system: You are a helpful assistant.
user:
Analyze the provided spectrum to determine if it is a **"Cataclysmic Variables (CV)"**.

- **Key Indicators for CV (Check for either state):**
    - **State 1: Quiescent / Low-State (Emission-Dominated)**
        - **(Primary):** Strong and *very broad* Hydrogen Balmer emission lines (e.g., $H\alpha$ at 6563 Å, $H\beta$ at 4861 Å). The 'broadness' (high velocity dispersion, often FWHM > 1000 km/s) is the key diagnostic, indicating a high-velocity accretion disk.
        - **(Secondary):** Broad neutral Helium (He I) emission lines (e.g., 5876 Å, 6678 Å).
        - **(Key Confirmation):** Presence of high-excitation *ionized* Helium (He II) emission at 4686 Å. This is a strong indicator of accretion onto a white dwarf.
        - **(Line Profile):** Emission lines may exhibit a 'double-peaked' profile, which is a classic signature of a rotating accretion disk viewed at high inclination.

    - **State 2: Outburst / High-State (Absorption-Dominated)**
        - **(Primary):** Spectrum is dominated by a bright, blue continuum (looks like a hot star).
        - **(Secondary):** The emission lines from State 1 are weak, absent, or 'filled in', and are replaced by broad, shallow *absorption* lines (primarily Balmer and He I).
        - **(Morphology):** The overall spectrum mimics a hot B/A-type star. The crucial difference is that the absorption lines are significantly broader, shallower, and more 'washed-out' (or 'smeared') than the sharp lines of a normal stellar photosphere, due to high rotational speeds and pressure broadening in the disk.

Think first, call **spectral_visualization_tool** if needed to examine features in detail, then provide your final answer. Your response must adhere to the following strict rules:
1.  **Overall Structure:** Your response must follow the format `<think>...</think> <tool_call>...</tool_call> (if a tool is used) <answer>...</answer>`.
2.  **Tool Usage Constraint:** You may only make **one** tool call per turn.
3.  **Final Answer Format:** In the `<answer>` tag, your conclusion must be inside a `\boxed{}` command (e.g., `\boxed{YES}`), followed by your justification.

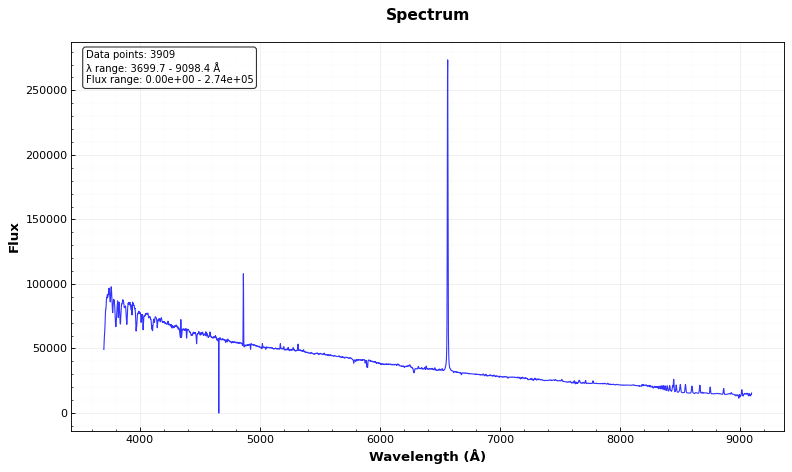
Answer: NO